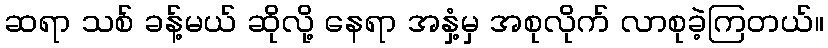
ဆရာ သစ် ခန့်မယ် ဆိုလို့ နေရာ အနှံ့မှ အစုလိုက် လာစုခဲ့ကြတယ်။